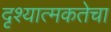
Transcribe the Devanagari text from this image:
दृश्यात्मकतेचा